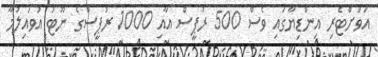
އަވަށްޓެރި އިންޑިޔާގައި ވެސް 500 ރުޕީސް އާއި 1000 ރުޕީސްގެ ނޫޓު އުވައިލުމާ